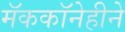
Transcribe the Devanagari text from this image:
मॅककॉनेहीने